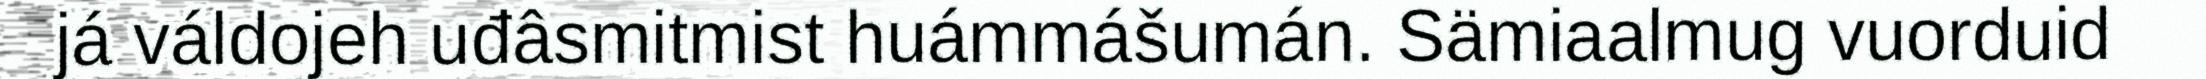
já váldojeh uđâsmitmist huámmášumán. Sämiaalmug vuorduid